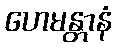
ဟေမန္တာနံ